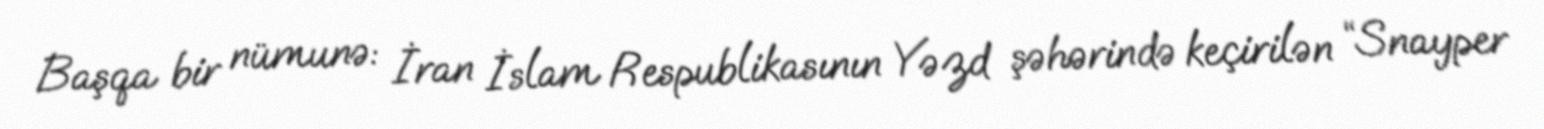
Başqa bir nümunə: İran İslam Respublikasının Yəzd şəhərində keçirilən “Snayper